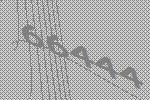
66444